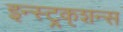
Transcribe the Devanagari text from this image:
इन्स्ट्र्क्शन्स